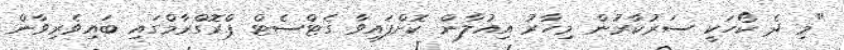
"މި ދެ ކޯހަކީ ސަރުކާރުން މިހާރު އިއުލާން ކޮށްފައިވާ ގެޓްސެޓް ޕްރޮގްރާމްގައި ބައިވެރިވާން